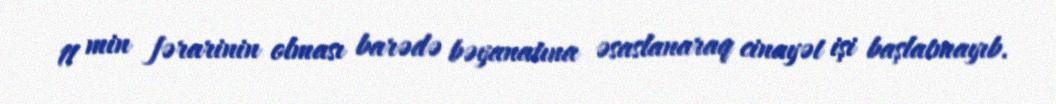
11 min fərarinin olması barədə bəyanatına əsaslanaraq cinayət işi başlatmayıb.